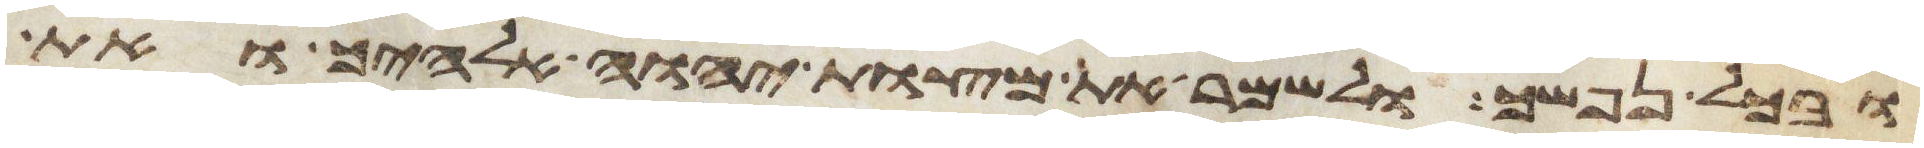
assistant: ובכל נפשך ולשמר את מצות יהוה אלהיך ואת